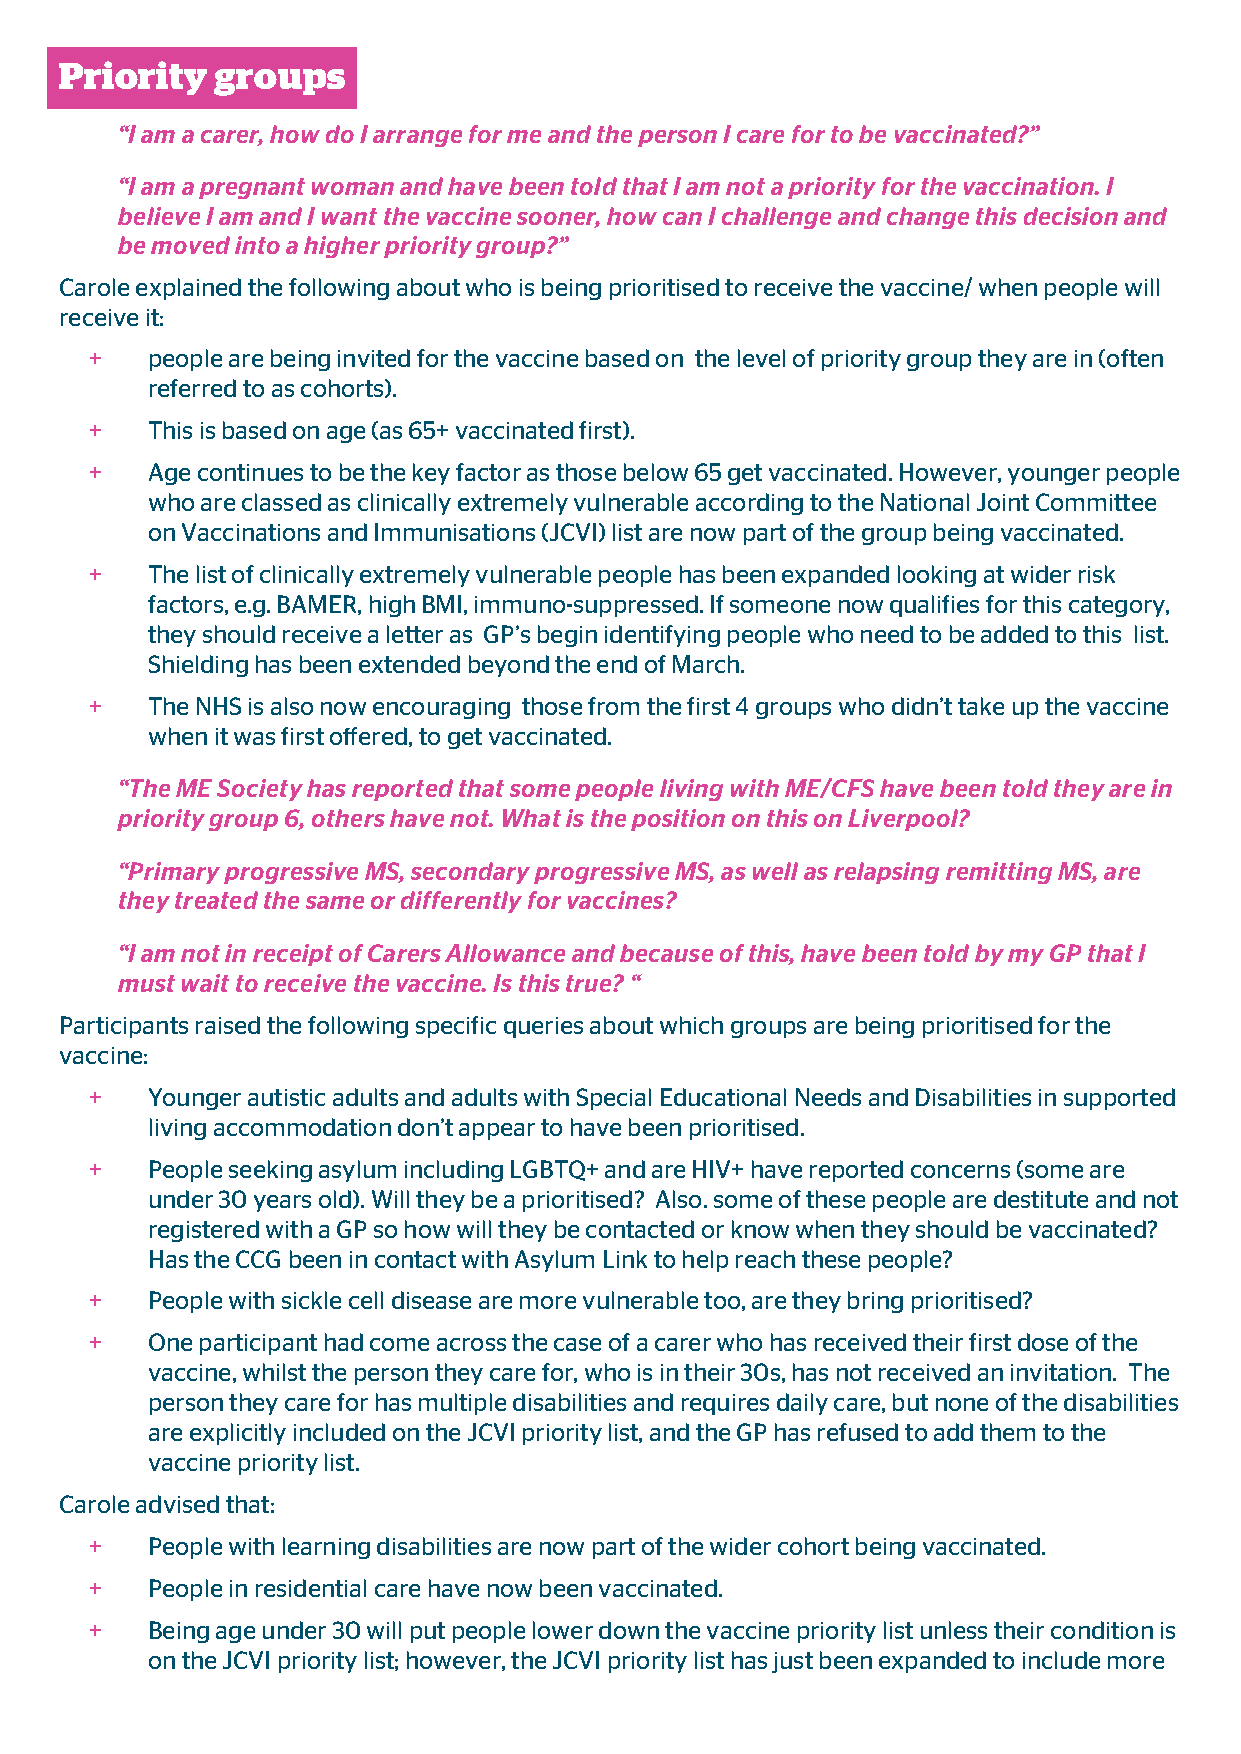
Priority  groups
 “I am a carer, how do I arrange for me and the person I care for to be vaccinated?”
 “I am a pregnant woman and have been told that I am not a priority for the vaccination. I
 believe I am and I want the vaccine sooner, how can I challenge and change this decision and
 be moved into a higher priority group?”
 Carole explained the following about who is being prioritised to receive the vaccine/ when people will
 receive it:
 +   people are being invited for the vaccine based on the level of priority group they are in (often
 referred to as cohorts).
 +   This is based on age (as 65+ vaccinated first).
 +   Age continues to be the key factor as those below 65 get vaccinated. However, younger people
 who are classed as clinically extremely vulnerable according to the National Joint Committee
 on Vaccinations and Immunisations (JCVI) list are now part of the group being vaccinated.
 +   The list of clinically extremely vulnerable people has been expanded looking at wider risk
 factors, e.g. BAMER, high BMI, immuno-suppressed. If someone now qualifies for this category,
 they should receive a letter as GP’s begin identifying people who need to be added to this list.
 Shielding has been extended beyond the end of March.
 +   The NHS is also now encouraging those from the first 4 groups who didn’t take up the vaccine
 when it was first offered, to get vaccinated.
 “The ME Society has reported that some people living with ME/CFS have been told they are in
 priority group 6, others have not. What is the position on this on Liverpool?
 “Primary progressive MS, secondary progressive MS, as well as relapsing remitting MS, are
 they treated the same or differently for vaccines?
 “I am not in receipt of Carers Allowance and because of this, have been told by my GP that I
 must wait to receive the vaccine. Is this true? “
 Participants raised the following specific queries about which groups are being prioritised for the
 vaccine:
 +   Younger autistic adults and adults with Special Educational Needs and Disabilities in supported
 living accommodation don’t appear to have been prioritised.
 +   People seeking asylum including LGBTQ+ and are HIV+ have reported concerns (some are
 under 30 years old). Will they be a prioritised? Also. some of these people are destitute and not
 registered with a GP so how will they be contacted or know when they should be vaccinated?
 Has the CCG been in contact with Asylum Link to help reach these people?
 +   People with sickle cell disease are more vulnerable too, are they bring prioritised?
 +   One participant had come across the case of a carer who has received their first dose of the
 vaccine, whilst the person they care for, who is in their 30s, has not received an invitation. The
 person they care for has multiple disabilities and requires daily care, but none of the disabilities
 are explicitly included on the JCVI priority list, and the GP has refused to add them to the
 vaccine priority list.
 Carole advised that:
 +   People with learning disabilities are now part of the wider cohort being vaccinated.
 +   People in residential care have now been vaccinated.
 +   Being age under 30 will put people lower down the vaccine priority list unless their condition is
 on the JCVI priority list; however, the JCVI priority list has just been expanded to include more